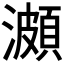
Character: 𤀪